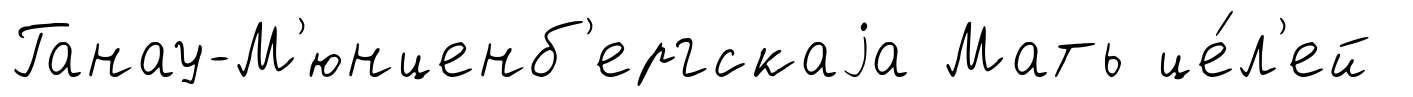
Ганау-М'юнценб'ергскаjа Мать це́л'ей